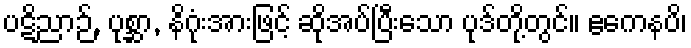
ပဋိညာဉ်, ပုစ္ဆာ, နိဂုံးအားဖြင့် ဆိုအပ်ပြီးသော ပုဒ်တို့တွင်။ ဧကေနပိ၊